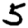
Digit: 5